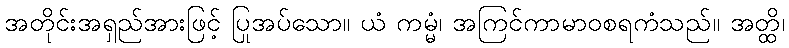
အတိုင်းအရှည်အားဖြင့် ပြုအပ်သော။ ယံ ကမ္မံ၊ အကြင်ကာမာဝစရကံသည်။ အတ္ထိ၊